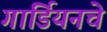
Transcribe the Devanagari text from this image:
गार्डियनचे